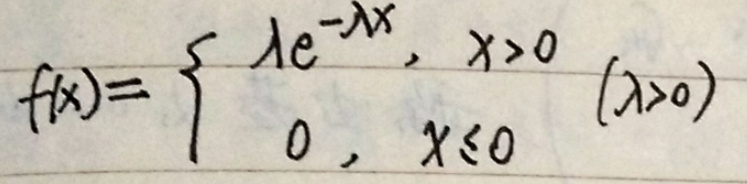
\[
f(x)=\begin{cases}
\lambda e^{-\lambda x},&x > 0\\
0,&x\leqslant 0
\end{cases}(\lambda>0)
\]